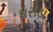
ધરોડા